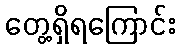
တွေ့ရှိရကြောင်း